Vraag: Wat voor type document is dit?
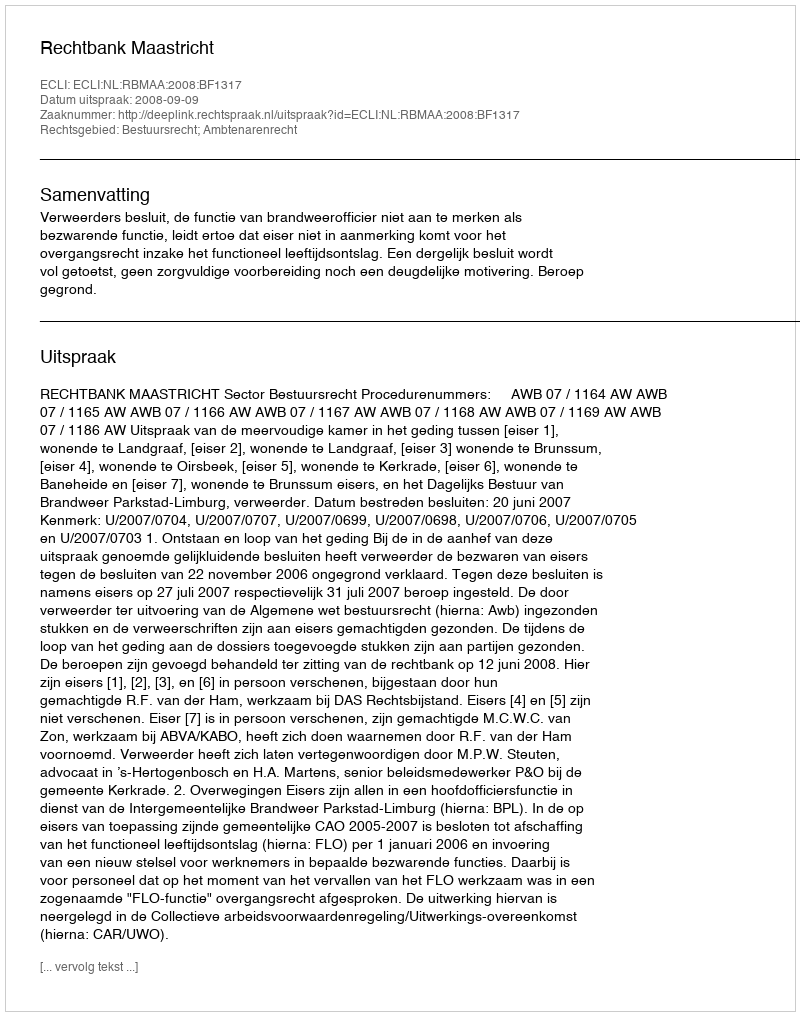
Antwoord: Uitspraak